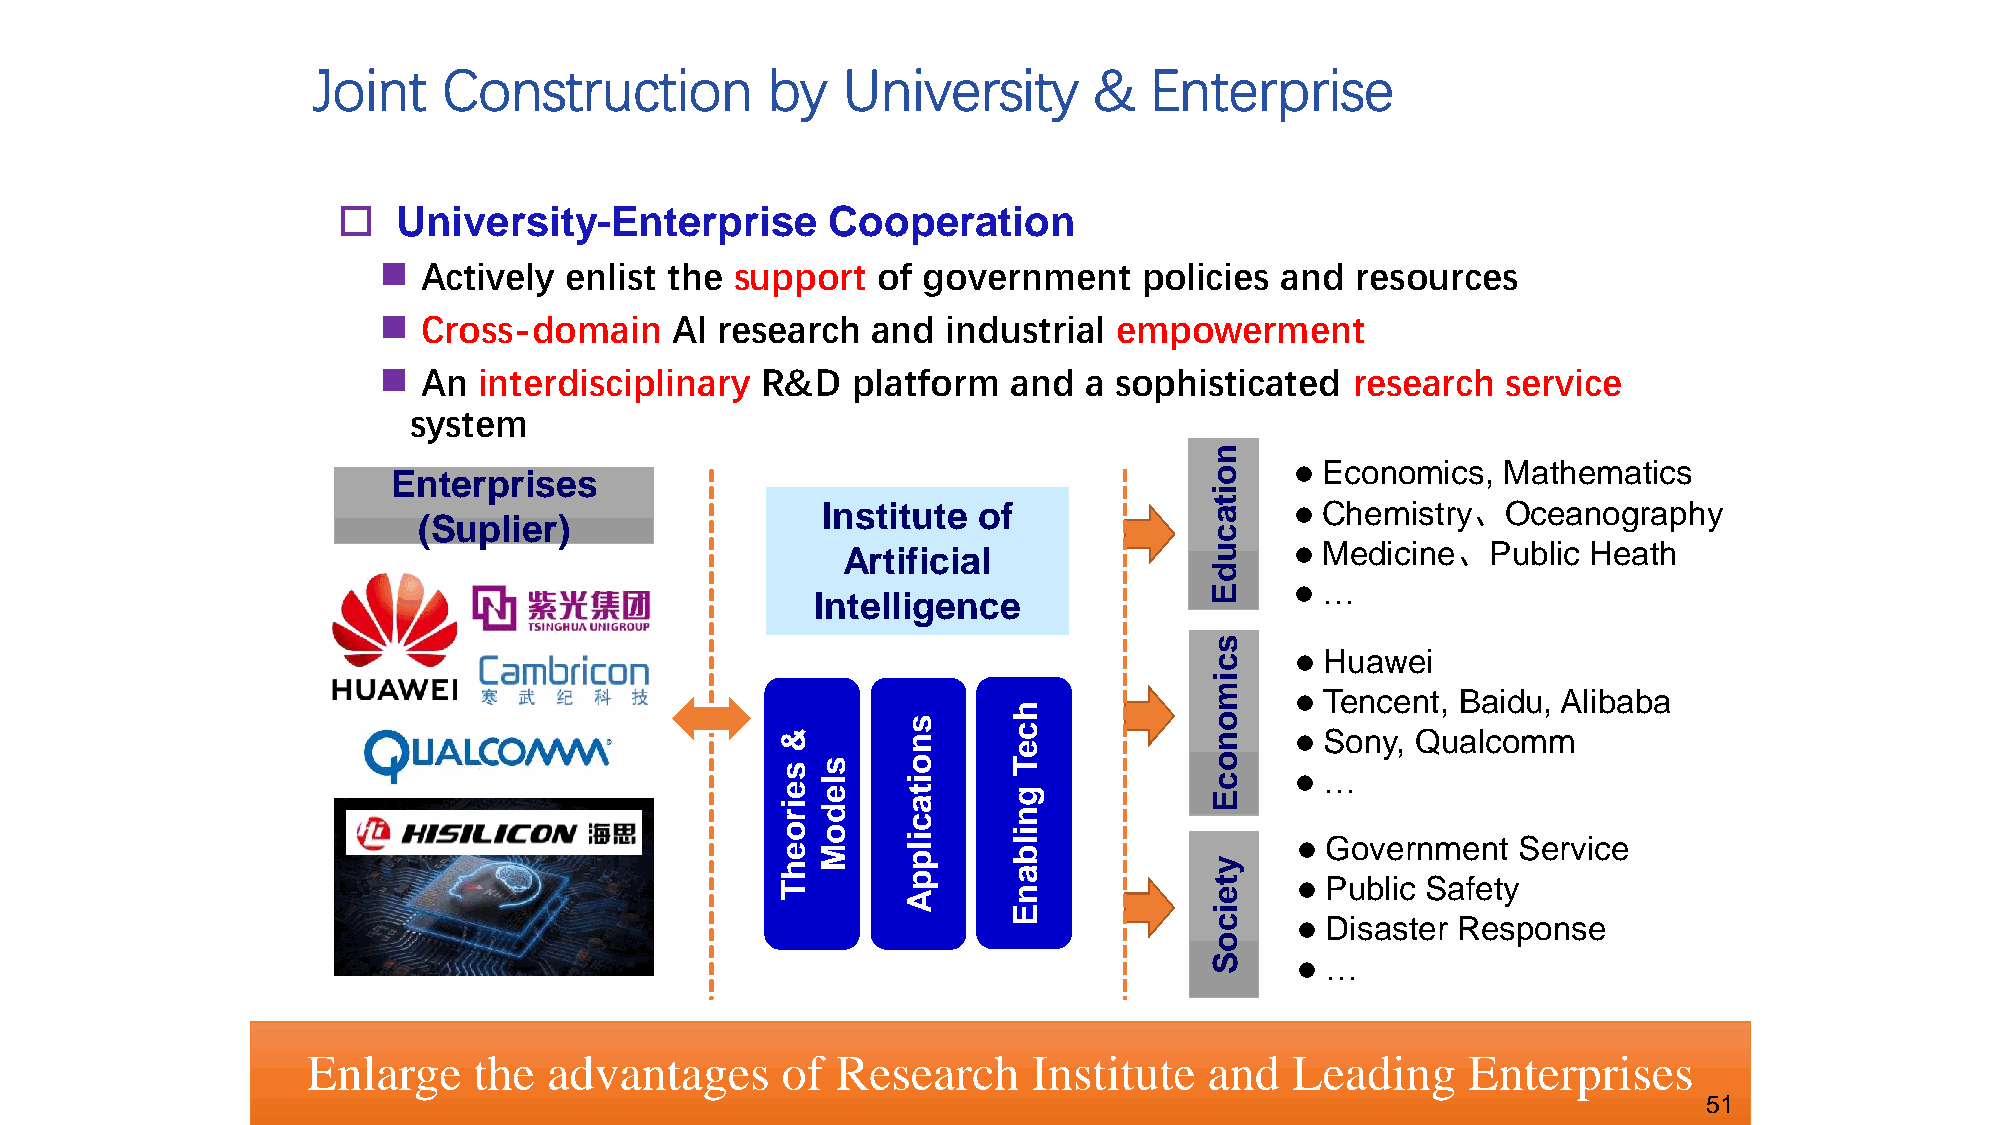
Joint   Construction          by   University      &   Enterprise
    University-Enterprise        Cooperation
   Actively enlist the  support  of government     policies and  resources
   Cross-domain    AI  research  and  industrial empowerment
   An  interdisciplinary R&D   platform   and  a sophisticated   research  service
 system
 n
 Enterprises                                           o      Economics,  Mathematics
 i
 Institute  of             t a    Chemistry、Oceanography
 (Suplier)
 c
 Artificial              u      Medicine、Public  Heath
 d
 E      …
 Intelligence
 s
 c      Huawei
 i
 m      Tencent, Baidu, Alibaba
 h
 &
 s
 n      c
 o
 n      Sony, Qualcomm
 e
 s e i r s l e d o i t a c T g n o c E  …
 o e h T o M i l p p A i l b a n y t e   G Puo bv le icrn Sm ae fen tt y Service
 E            i
 c      Disaster Response
 o
 S      …
 Enlarge    the  advantages      of Research     Institute   and   Leading    Enterprises
 51